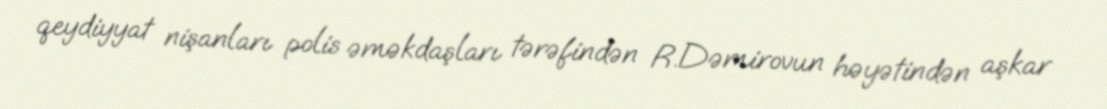
qeydiyyat nişanları polis əməkdaşları tərəfindən R.Dəmirovun həyətindən aşkar